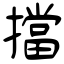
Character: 擋